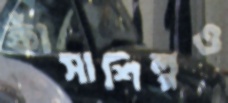
কাঁসাশিল্পও